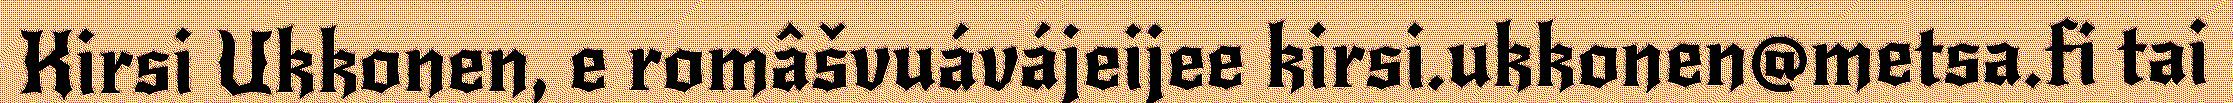
Kirsi Ukkonen, e româšvuávájeijee kirsi.ukkonen@metsa.fi tai